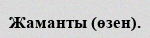
Жаманты (өзен).